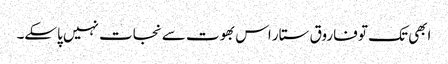
ابھی تک تو فاروق ستار اس بھوت سے نجات نہیں پاسکے۔